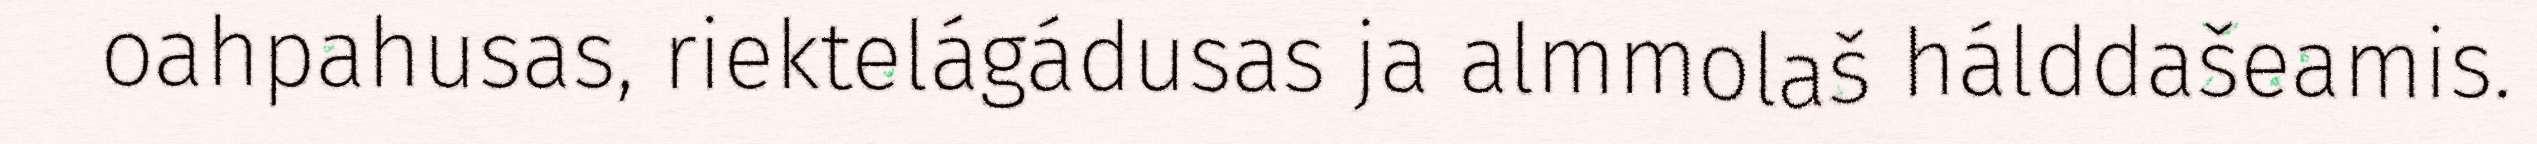
oahpahusas, riektelágádusas ja almmolaš hálddašeamis.